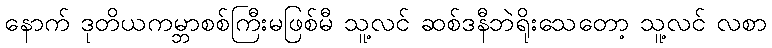
နောက် ဒုတိယကမ္ဘာစစ်ကြီးမဖြစ်မီ သူ့လင် ဆစ်ဒနီဘဲရိုးသေတော့ သူ့လင် လစာ